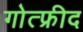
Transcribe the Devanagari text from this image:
गोत्फ्रीद